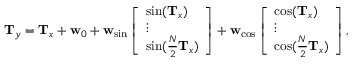
\begin{array} { r } { \mathbf { T } _ { \boldsymbol { y } } = \mathbf { T } _ { \boldsymbol { x } } + \mathbf { w } _ { 0 } + \mathbf { w } _ { \mathrm { s i n } } \left[ \begin{array} { l } { \sin ( \mathbf { T } _ { \boldsymbol { x } } ) } \\ { \vdots } \\ { \sin ( \frac { N } { 2 } \mathbf { T } _ { \boldsymbol { x } } ) } \end{array} \right] + \mathbf { w } _ { \mathrm { c o s } } \left[ \begin{array} { l } { \cos ( \mathbf { T } _ { \boldsymbol { x } } ) } \\ { \vdots } \\ { \cos ( \frac { N } { 2 } \mathbf { T } _ { \boldsymbol { x } } ) } \end{array} \right] , } \end{array}